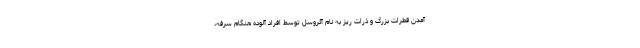
آمدن قطرات بزرگ و ذرات ریز به نام آئروسل توسط افراد آلوده هنگام سرفه،